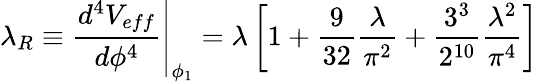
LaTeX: \lambda_{R}\equiv\left.\frac{d^{4}V_{eff}}{d\phi^{4}}\right|_{\phi_{1}}=\lambda\left[1+\frac{9}{32}\frac{\lambda}{\pi^{2}}+\frac{3^{3}}{2^{10}}\frac{\lambda^{2}}{\pi^{4}}\right]